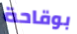
بوقاحة